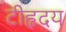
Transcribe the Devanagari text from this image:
टीहृदय